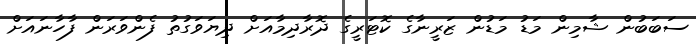
ސަބަބުން ޝާމިން މަޑު މަޑުން ޒަރީނާގެ ކޮޓަރީގެ ދޮރާދިމާއަށް ދިޔަވަގުތު ފެންވަރަން ފާހާނައަށް